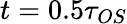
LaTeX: t=0.5\tau_{OS}